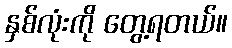
နှစ်လုံးကို တွေ့ရတယ်။